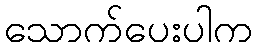
သောက်ပေးပါက